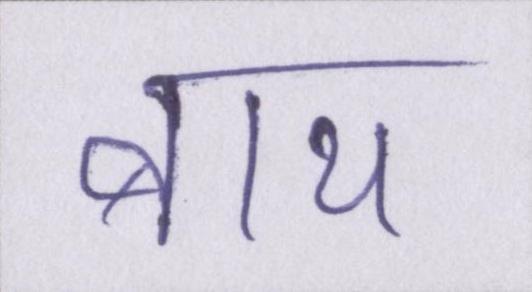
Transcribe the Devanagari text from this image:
बाथ